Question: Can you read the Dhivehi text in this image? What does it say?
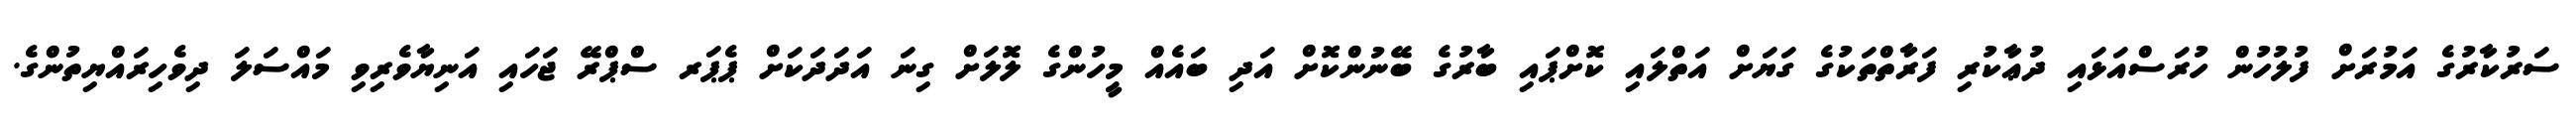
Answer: ސަރުކާރުގެ އަމުރަށް ފުލުހުން ހުރަސްއަޅައި ދުޢާކުރި ފަރާތްތަކުގެ ގަޔަށް އަތްލައި ކޮށްޕައި ބާރުގެ ބޭނުންކޮށް އަދި ބައެއް މީހުންގެ ލޮލަށް ގިނަ އަދަދަކަށް ޕެޕަރ ސްޕްރޭ ޖަހައި އަނިޔާވެރިވި މައްސަލަ ދިވެހިރައްޔިތުންގެ.